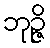
ဘုဉ္ဇိ